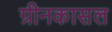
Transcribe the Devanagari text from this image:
ग्रीनकासल